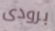
برودى